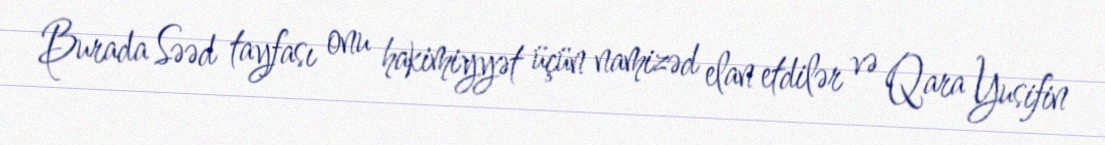
Burada Səəd tayfası onu hakimiyyət üçün namizəd elan etdilər və Qara Yusifin